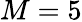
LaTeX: M=5